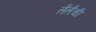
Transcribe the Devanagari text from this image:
तँतँची